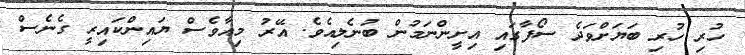
ހުރި ހުރި ބަޔަށްވަދެ ސޯފާގައި އިށީންނަމުން ބުނެލިއެވެ. އޭރު މިއާވެސް ޔައިންކައިރީ ގެނެސް